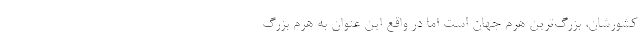
کشورشان، بزرگ‌ترین هرم جهان است اما در واقع این عنوان به هرم بزرگ